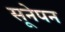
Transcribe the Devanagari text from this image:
सूनेपन